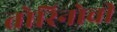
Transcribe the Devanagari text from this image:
तोरिनोची